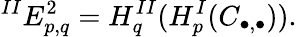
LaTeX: {}^{II}E_{p,q}^{2}=H_{q}^{II}(H_{p}^{I}(C_{\bullet,\bullet})).